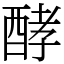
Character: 酵